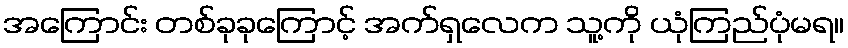
အကြောင်း တစ်ခုခုကြောင့် အက်ရှလေက သူ့ကို ယုံကြည်ပုံမရ။